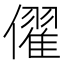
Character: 㒛